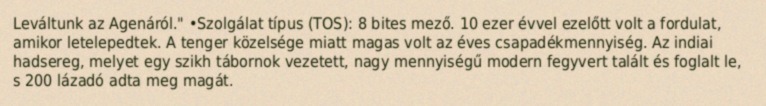
Leváltunk az Agenáról." •Szolgálat típus (TOS): 8 bites mező. 10 ezer évvel ezelőtt volt a fordulat, amikor letelepedtek. A tenger közelsége miatt magas volt az éves csapadékmennyiség. Az indiai hadsereg, melyet egy szikh tábornok vezetett, nagy mennyiségű modern fegyvert talált és foglalt le, s 200 lázadó adta meg magát.